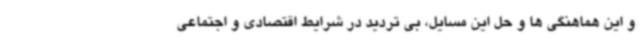
و این هماهنگی ها و حل این مسایل، بی تردید در شرایط اقتصادی و اجتماعی